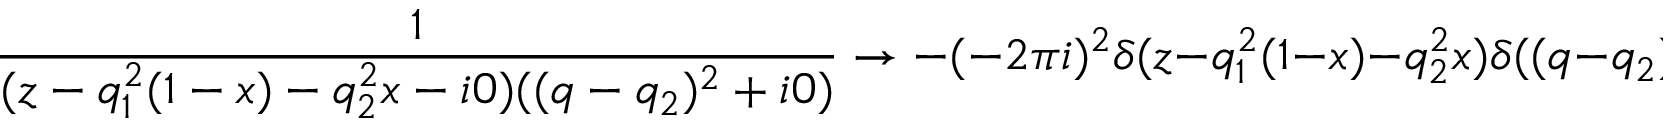
\frac { 1 } { ( z - q _ { 1 } ^ { 2 } ( 1 - x ) - q _ { 2 } ^ { 2 } x - i 0 ) ( ( q - q _ { 2 } ) ^ { 2 } + i 0 ) } \rightarrow - ( - 2 \pi i ) ^ { 2 } \delta ( z - q _ { 1 } ^ { 2 } ( 1 - x ) - q _ { 2 } ^ { 2 } x ) \delta ( ( q - q _ { 2 } ) ^ { 2 } ) ~ .